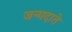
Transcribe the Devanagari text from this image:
जन्मदाते